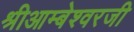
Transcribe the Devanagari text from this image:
श्रीआम्बेश्वरजी